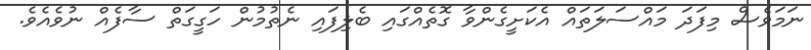
ނަމަވެސް މިފަދަ މައްސަލަތައް އެކަށީގެންވާ ގޮތެއްގައި ބެލިފައި ނެތުމުން ހަގީގަތް ސާފެއް ނުވެއެވެ.